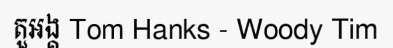
តួអង្គ Tom Hanks - Woody Tim